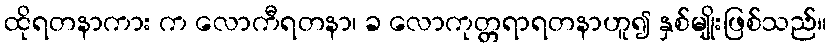
ထိုရတနာကား က လောကီရတနာ၊ ခ လောကုတ္တရာရတနာဟူ၍ နှစ်မျိုးဖြစ်သည်။